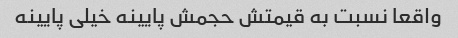
واقعا نسبت به قیمتش حجمش پایینه خیلی پایینه